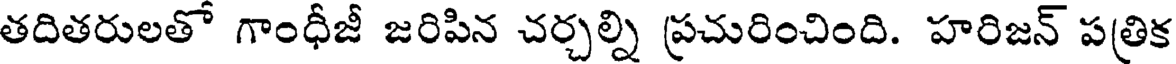
తదితరులతో గాంధీజీ జరిపిన చర్చల్ని ప్రచురించింది. హరిజన్ పత్రిక